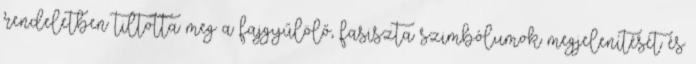
rendeletben tiltotta meg a fajgyűlölő, fasiszta szimbólumok megjelenítését és